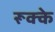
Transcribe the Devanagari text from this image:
रूक्‍के